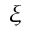
\xi